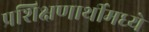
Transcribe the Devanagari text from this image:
प्रशिक्षणार्थीमध्ये